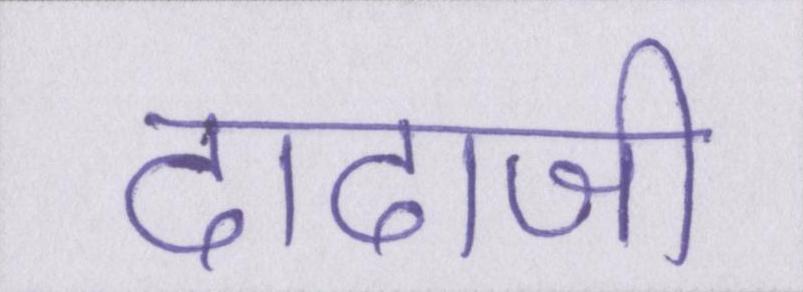
दादाजी